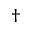
^ \dag